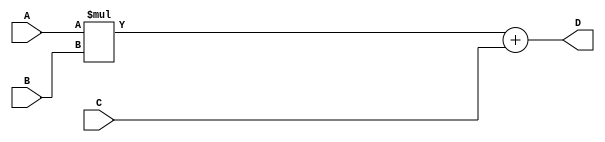
module fma_unit (
  input wire [31:0] A,
  input wire [31:0] B,
  input wire [31:0] C,
  output wire [31:0] D
);

// Multiplication block
wire [31:0] intermediate_result;
assign intermediate_result = A * B;

// Addition block
wire [31:0] D_intermediate;
assign D_intermediate = intermediate_result + C;

// Final result
assign D = D_intermediate;

endmodule